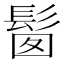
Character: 𩬼